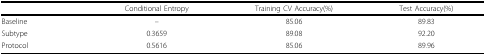
<table><thead><tr><td></td><td><b>Conditional Entropy</b></td><td><b>Training CV Accuracy(%)</b></td><td><b>Test Accuracy(%)</b></td></tr></thead><tbody><tr><td>Baseline</td><td>–</td><td>85.06</td><td>89.83</td></tr><tr><td>Subtype</td><td>0.3659</td><td>89.08</td><td>92.20</td></tr><tr><td>Protocol</td><td>0.5616</td><td>85.06</td><td>89.96</td></tr></tbody></table>